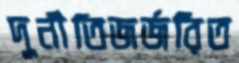
দুর্নীতিজর্জরিত